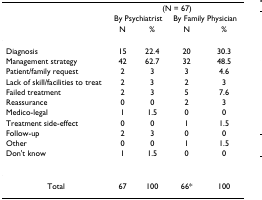
|  | <COLSPAN=4> (N = 67) |
 |  | <COLSPAN=2> By Psychiatrist | <COLSPAN=2> By Family Physician |
 |  | N | % | N | % |
 | --- | --- | --- | --- | --- |
 | Diagnosis | 15 | 22.4 | 20 | 30.3 |
 | Management strategy | 42 | 62.7 | 32 | 48.5 |
 | Patient/family request | 2 | 3 | 3 | 4.6 |
 | Lack of skill/facilities to treat | 2 | 3 | 2 | 3 |
 | Failed treatment | 2 | 3 | 5 | 7.6 |
 | Reassurance | 0 | 0 | 2 | 3 |
 | Medico-legal | 1 | 1.5 | 0 | 0 |
 | Treatment side-effect | 0 | 0 | 1 | 1.5 |
 | Follow-up | 2 | 3 | 0 | 0 |
 | Other | 0 | 0 | 1 | 1.5 |
 | Don't know | 1 | 1.5 | 0 | 0 |
 | Total | 67 | 100 | 66* | 100 |